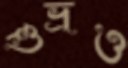
শুভ্রও